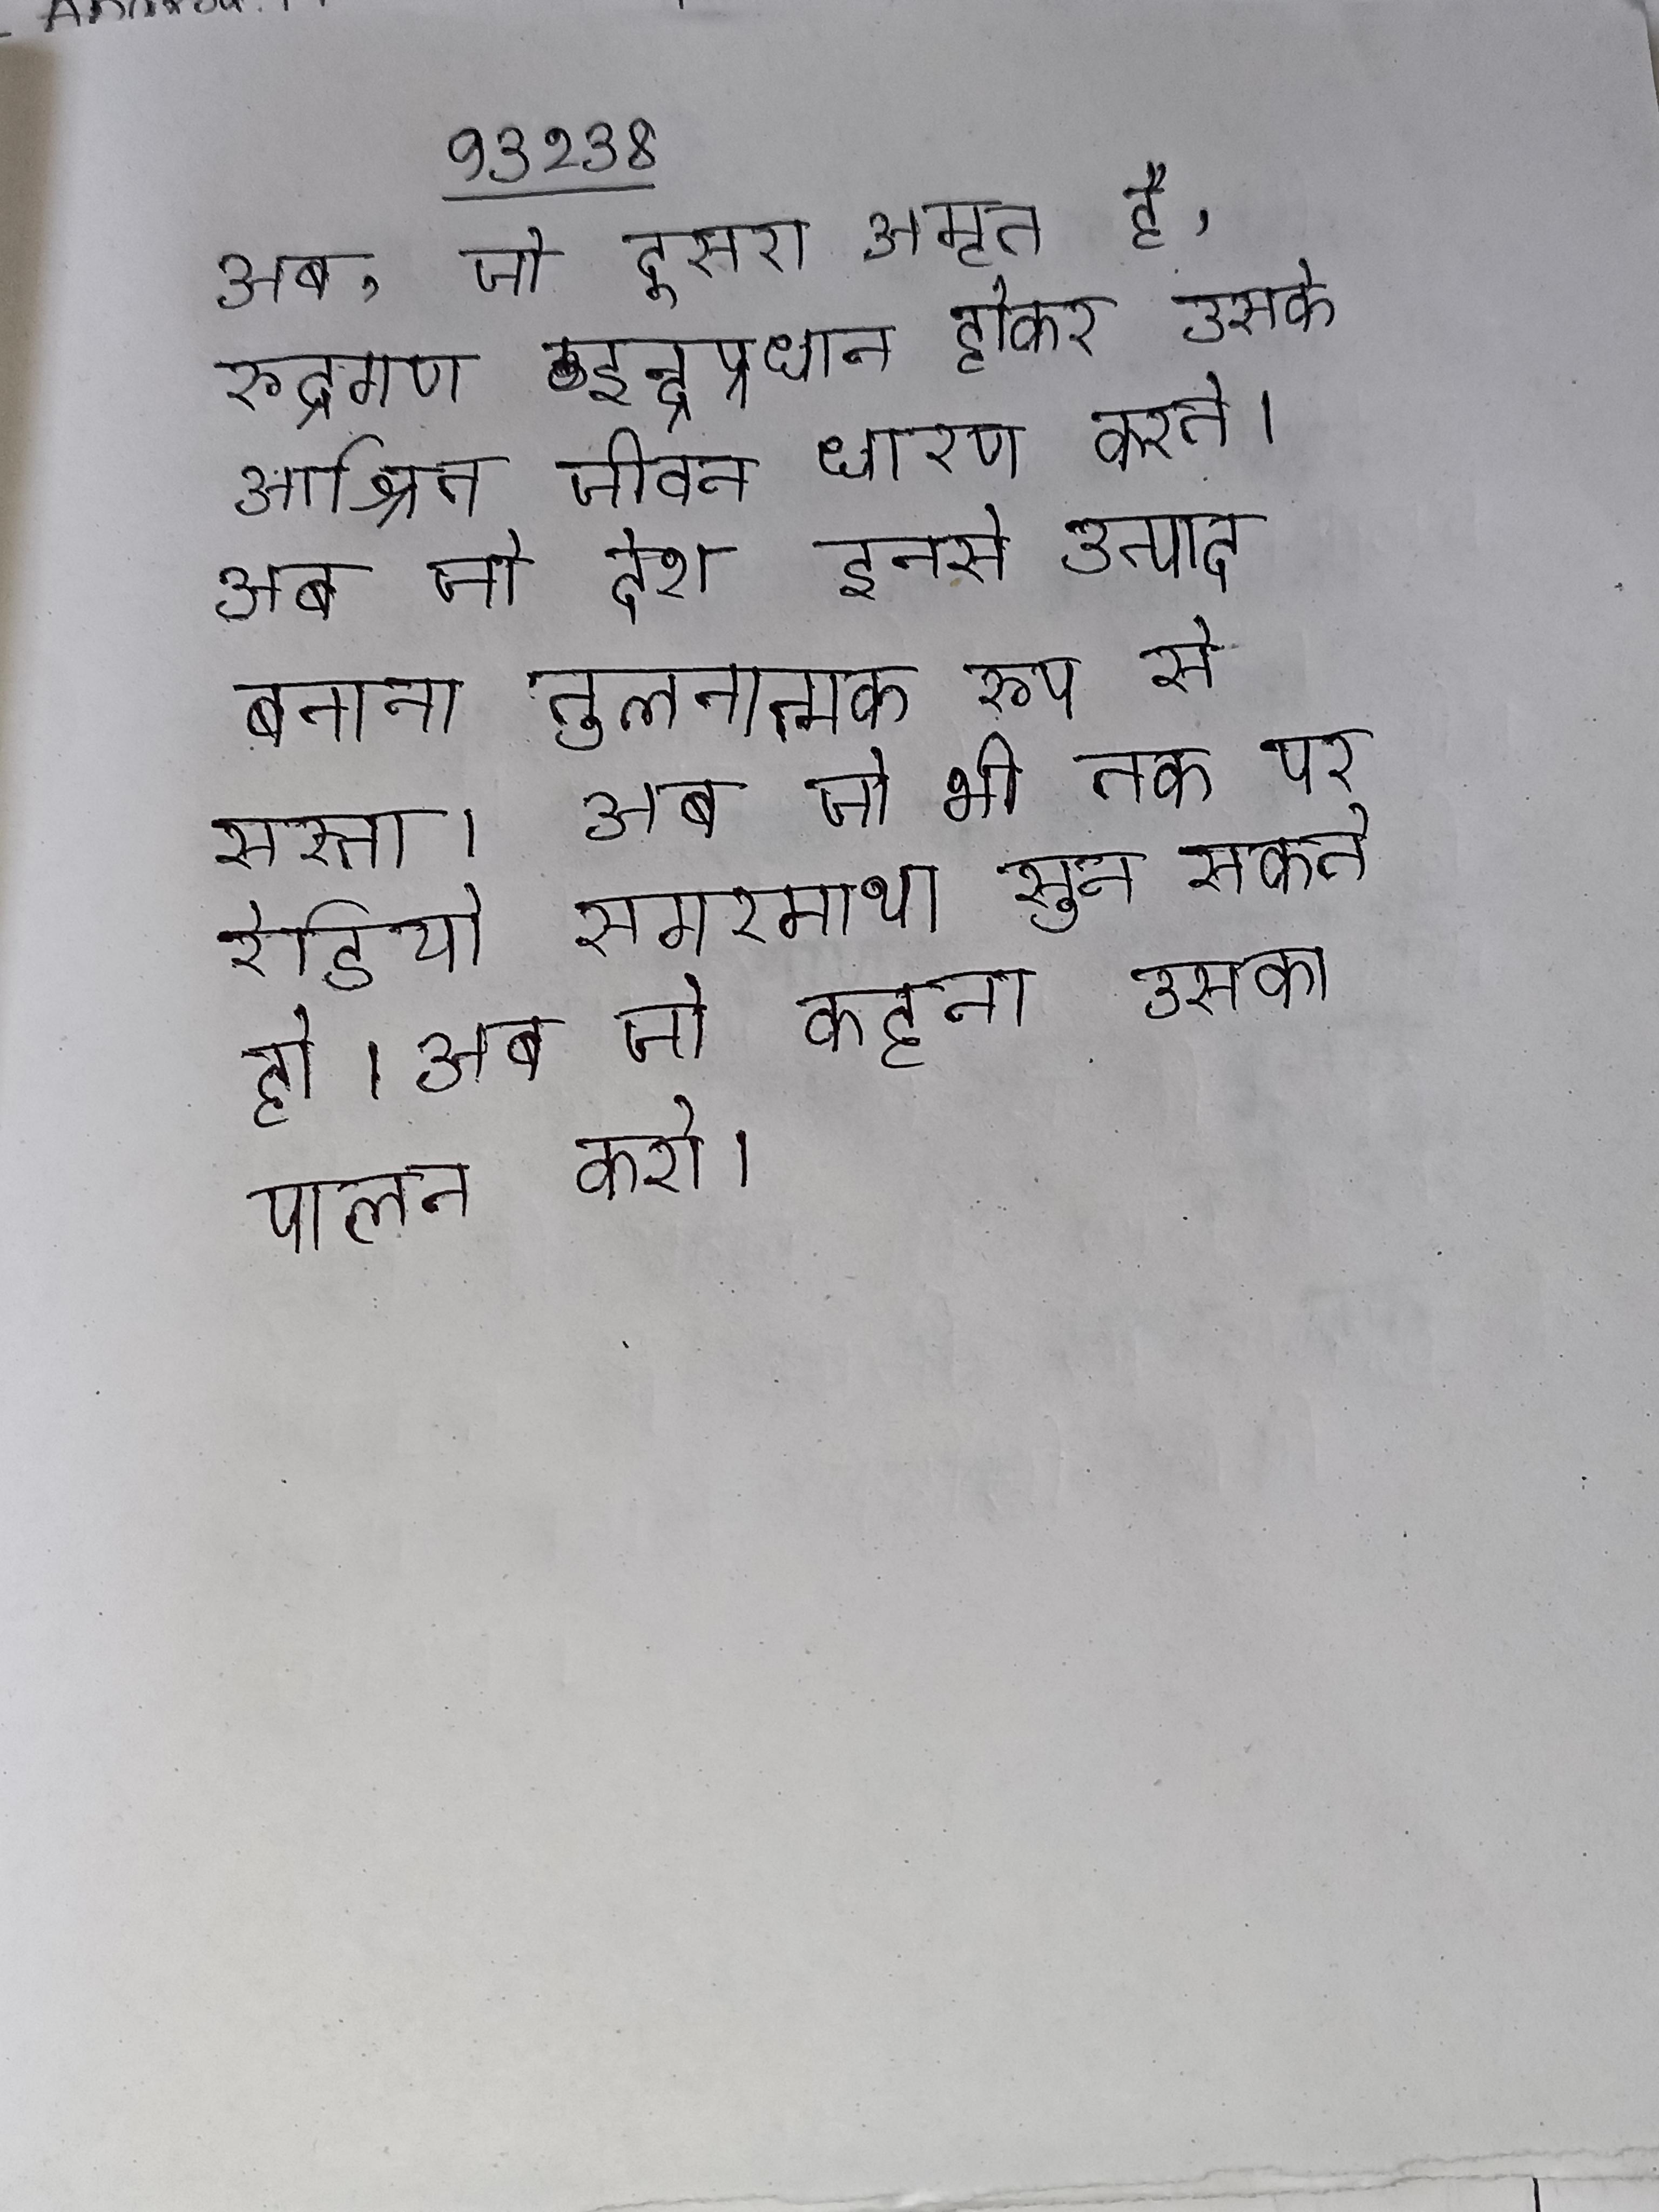
अब, जो दूसरा अमृत है, रुद्रगण इन्द्रप्रधान होकर उसके आश्रित जीवन धारण करते । अब जो देश इनसे उत्पाद बनाना तुलनात्मक रूप से सस्ता । अब जो भी तक पर रेडियो सगरमाथा सुन सकते हो । अब जो कहता उसका पालन करो ।